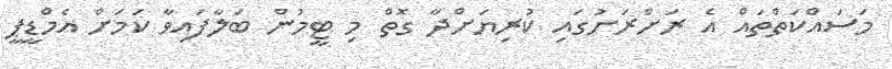
މަސައްކަތްތައް އެ ރަށްރަށުގައި ކުރިޔަށްދާ ގޮތް މި ޓީމުން ބަލާފައިވާ ކަމަށް އެމްޑީޕީ